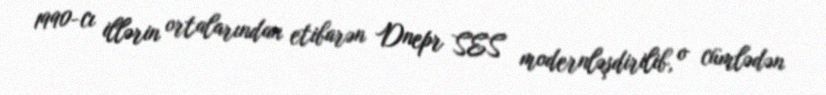
1990-cı illərin ortalarından etibarən Dnepr SES modernləşdirilib, o cümlədən